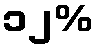
၁၂%